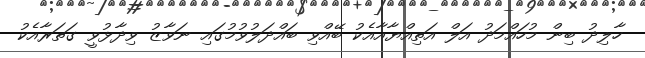
ހާލިދު ބިން މުހައްމަދު އަލް އަތިއްޔާއާއެކު ބޭއްވި ބައްދަލުވުމުގައި ނަވާޒު ވިދާޅުވީ ގަތަރާއެކު